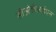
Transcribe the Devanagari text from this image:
सीओडीआईएस